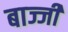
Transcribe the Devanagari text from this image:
बाज्जी